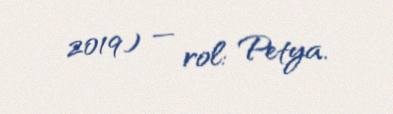
2019) — rol: Petya.